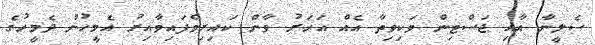
ސެލީނާ އާއި ޖަސްޓިން ވަކިވިތާ އެއް އަހަރު ވާން ކައިރިވެފައިވާއިރު އެމީހުން ދެމީހުގެ